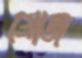
গ্রোজ